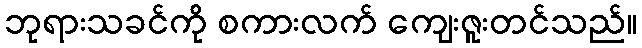
ဘုရားသခင်ကို စကားလက် ကျေးဇူးတင်သည်။